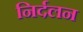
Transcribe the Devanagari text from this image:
निर्दलन